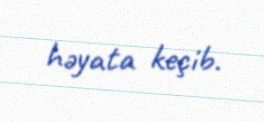
həyata keçib.